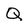
Character: Q